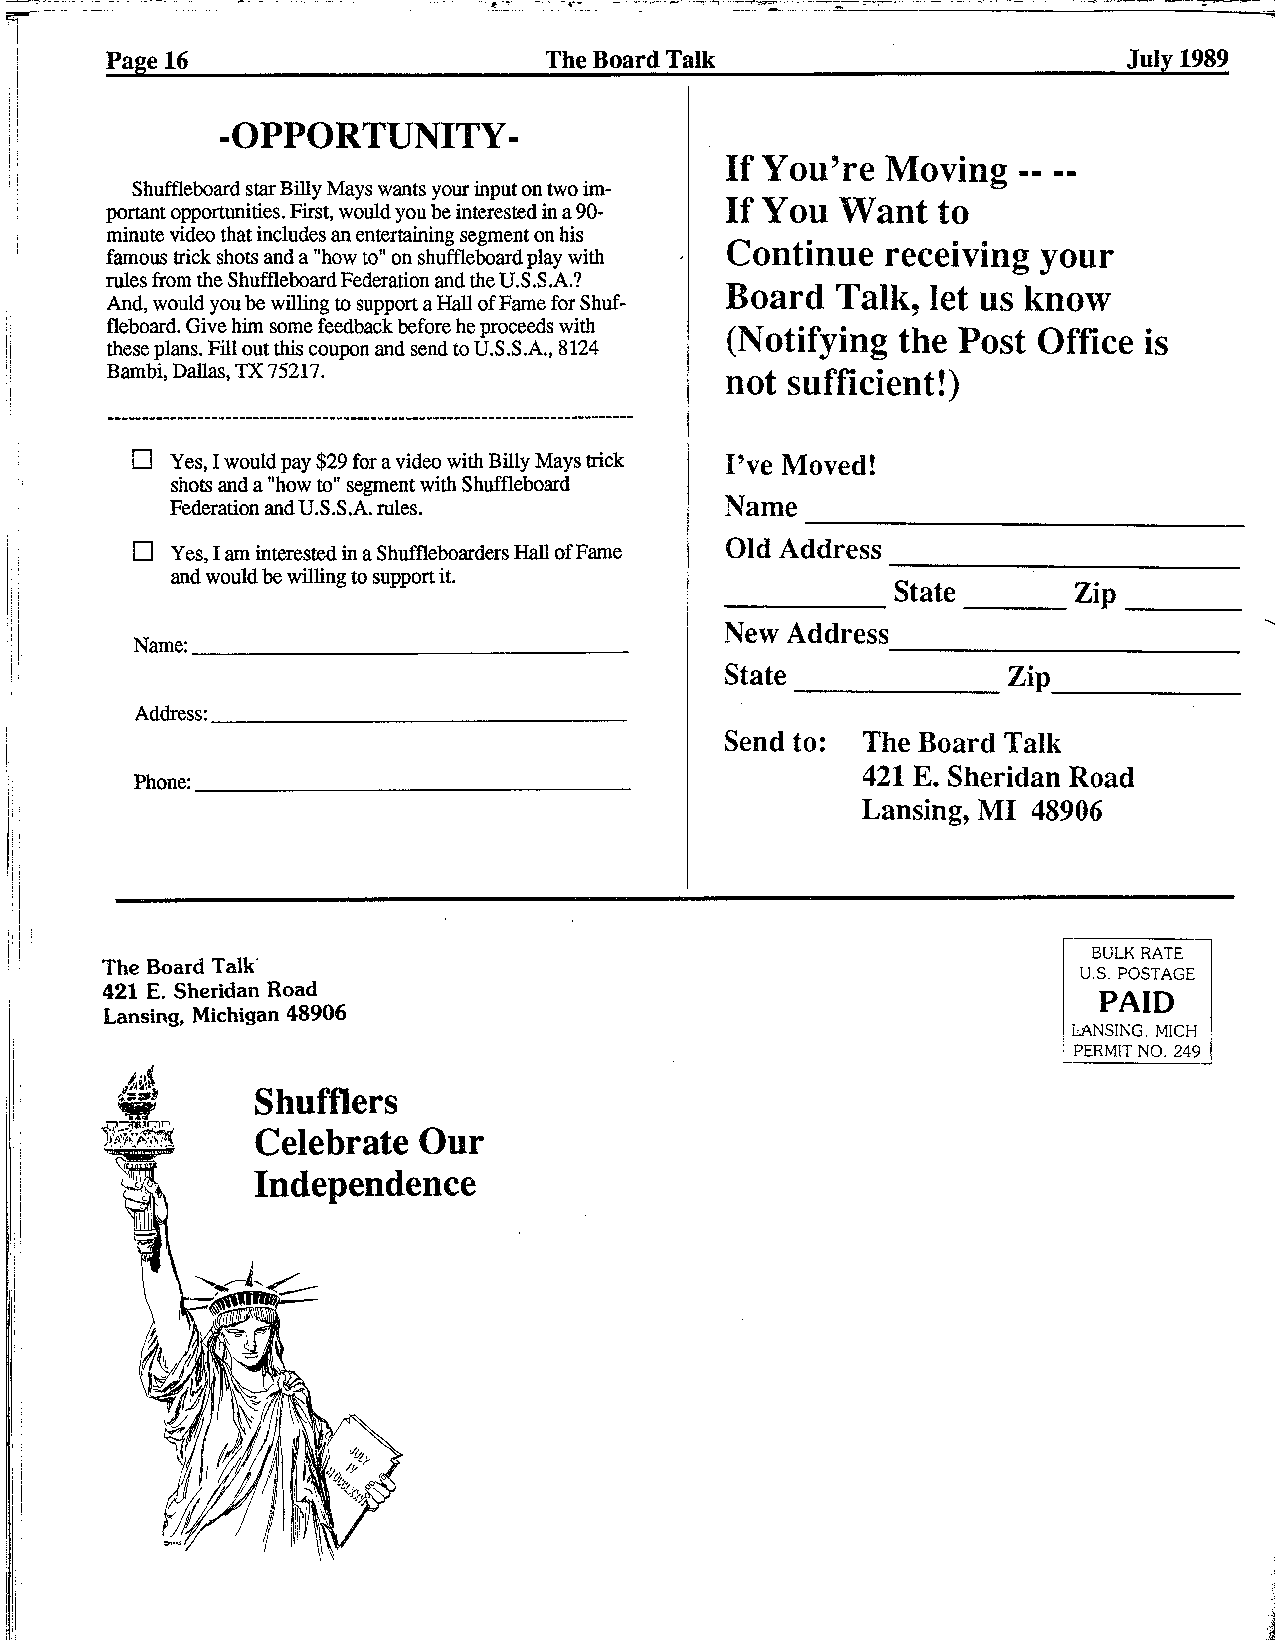
Page 16                      The Board Talk                         July 1989
 -- --
 If You're  Moving
 Shuffleboard star Billy Mays wants your input on two im-
 If You  Want  to
 portant opportunities. First, would you be interested in a 90-
 minute video that includes an entertaining segment on his
 Continue   receiving your
 famous trick shots and a "how to" on shuffleboard play with
 rules fiom the Shuffleboard Federation and the U.S.S.A.?
 Board  Talk,  let us know
 And, would you be willing to support a Hall of Fame for Shuf-
 fleboard. Give him some feedback before he proceeds with (Notifying the Post Office is
 these plans. Fill out this coupon and send to U.S.S.A., 8124
 Barnbi, Dallas, TX 75217.                not sufficient!)
 C] Yes, I would pay $29 for a video with Billy Mays trick I've Moved!
 shots and a "how to" segment with Shuffleboard
 Federation and U.S .S .A. rules.     Name
 Old Address
 Yes, I am interested in a Shuffleboarders Hall of Fame
 and would be willing to support it.
 State       Zip
 .
 New Address
 Name:
 --
 State              Zip
 Address:
 Send to: The Board Talk
 421 E. Sheridan Road
 Phone:
 Lansing, MI 48906
 BULK RATE
 The Board Talk'
 U.S. POSTAGE
 421 E. Sheridan Road                                              PAID
 Lansing, Michigan 48906
 LANSING. MICH
 PERMIT NO. 249
 Celebrate  Our